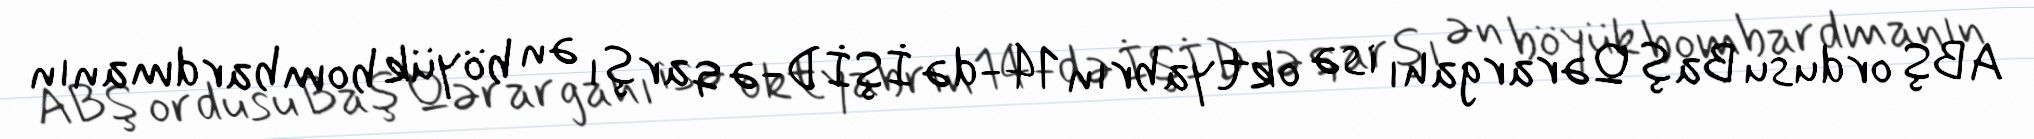
ABŞ ordusu Baş Qərargahı isə oktyabrın 14-də İŞİD-ə qarşı ən böyük bombardmanın